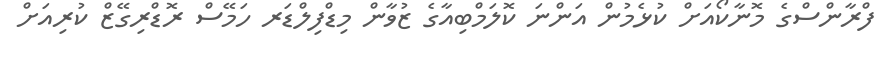
ފްރާންސްގެ މޮނާކޯއަށް ކުޅެމުން އަންނަ ކޮލަމްބިއާގެ ޒުވާން މިޑްފިލްޑަރ ހަމޭސް ރޮޑްރިގޭޒް ކުރިއަށް